Report on vaccination in Madras 1922-1929 - 1922-1929
Year: 1922
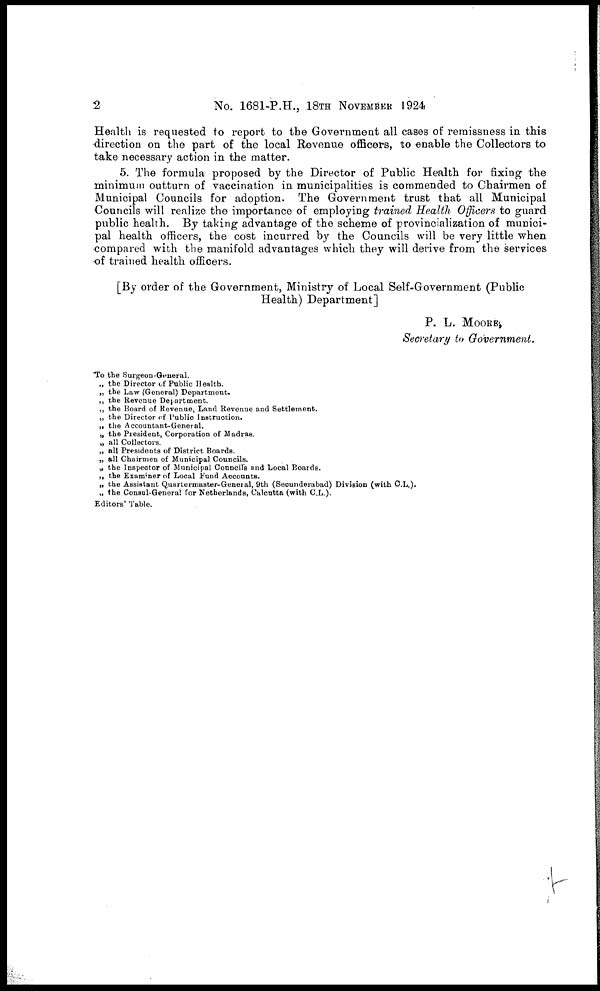
2
No. 1681-P.H., 18TH NOVEMBER 1924
Health is requested to report to the Government all cases of remissness in this
direction on the part of the local Revenue officers, to enable the Collectors to
take necessary action in the matter.
5. The formula proposed by the Director of Public Health for fixing the
minimum outturn of vaccination in municipalities is commended to Chairmen of
Municipal Councils for adoption. The Government trust that all Municipal
Councils will realize the importance of employing trained Health Officers to guard
public health. By taking advantage of the scheme of provincialization of munici-
pal health officers, the cost incurred by the Councils will be very little when
compared with the manifold advantages which they will derive from the services
of trained health officers.
[By order of the Government, Ministry of Local Self-Government (Public
Health) Department]
P. L. MOORE,
Secretary to Government.
To the Surgeon-General.
„ the Director of Public Health.
„ the Law (General) Department.
„ the Revenue Department.
„ the Board of Revenue, Land Revenue and Settlement.
„ the Director of Public Instruction.
„ the Accountant-General.
„ the President, Corporation of Madras.
„ all Collectors.
„ all Presidents of District Boards.
„ all Chairmen of Municipal Councils.
„the Inspector of Municipal Councils and Local Boards.
„ the Examiner of Local Fund Accounts.
„ the Assistant Quartermaster-General, 9th (Secunderabad) Division (with C.L.).
„ the Consul-General for Netherlands, Calcutta (with C.L.).
Editors' Table.